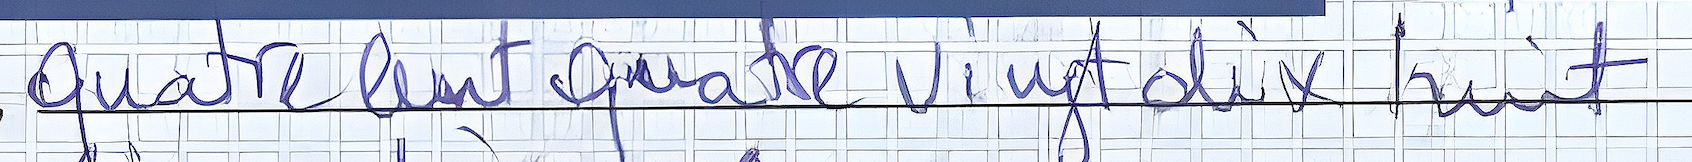
quatre cent quatre vingt dix huit